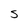
Character: S